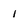
Character: i